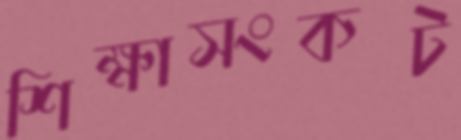
শিক্ষাসংকট